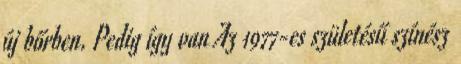
új bőrben. Pedig így van Az 1977-es születésű színész